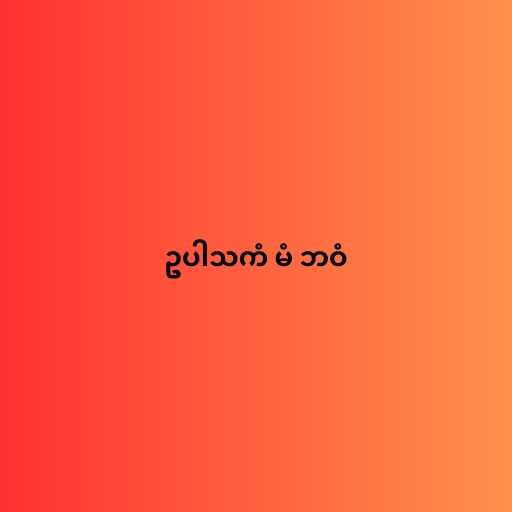
ဥပါသကံ မံ ဘဝံ